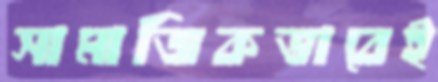
সামাজিকভাবেই